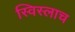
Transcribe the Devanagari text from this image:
स्विस्लाच